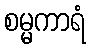
စမ္မကာရံ